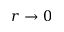
r \rightarrow 0